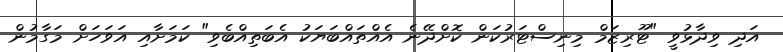
އަދި ވިދާޅުވީ "ޓޫރިޒަމް މިނިސްޓަރުކަން ކޮށްދޭނެ އެއްތައްބަޔަކު އެބަތިއްބެވި" ކަމަށާއި އަވަހަށް މަގާމުން